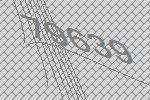
79639